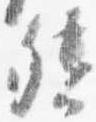
督